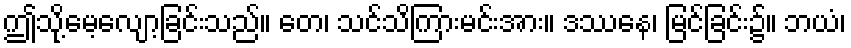
ဤသို့မေ့လျော့ခြင်းသည်။ တေ၊ သင်သိကြားမင်းအား။ ဒဿနေ၊ မြင်ခြင်း၌။ ဘယံ၊